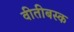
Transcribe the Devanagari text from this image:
वीतीबस्क